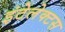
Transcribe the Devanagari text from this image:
इंटेलेक्टस